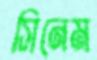
সিনেম